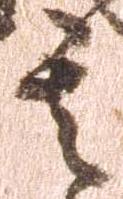
其